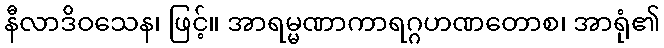
နီလာဒိဝသေန၊ ဖြင့်။ အာရမ္မဏာကာရဂ္ဂဟဏတောစ၊ အာရုံ၏